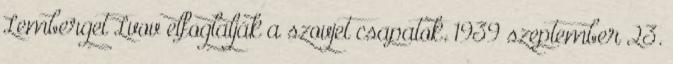
Lemberget Lvov elfoglalják a szovjet csapatok. 1939 szeptember 23.